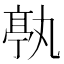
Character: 𠅶